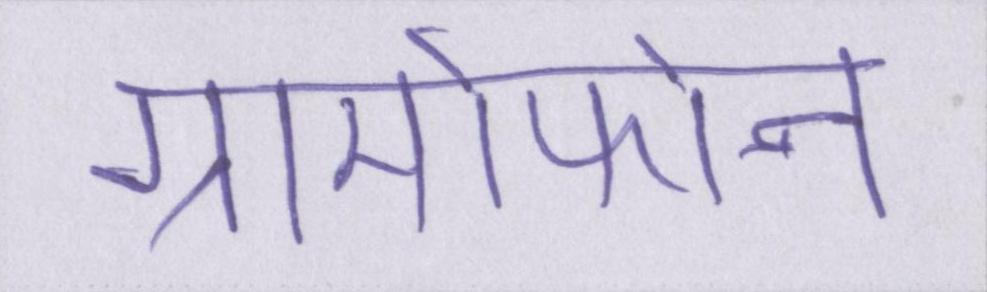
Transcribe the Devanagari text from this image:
ग्रामोफोन